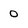
Character: 0